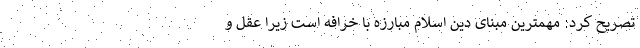
تصریح کرد: مهمترین مبنای دین اسلام مبارزه با خرافه است زیرا عقل و